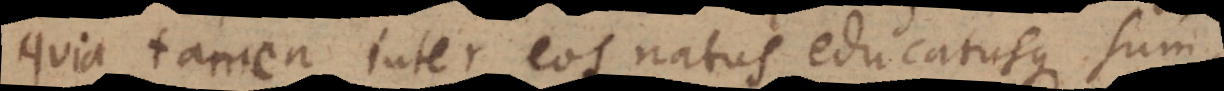
quia tamen inter eos natus educatusque su